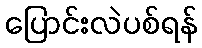
ပြောင်းလဲပစ်ရန်